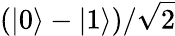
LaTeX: \left(\left|0\right\rangle-\left|1\right\rangle\right)/{\sqrt{2}}